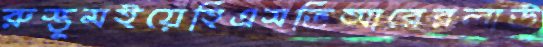
রুস্তুমইয়েহিএসভিআরেরলাউ